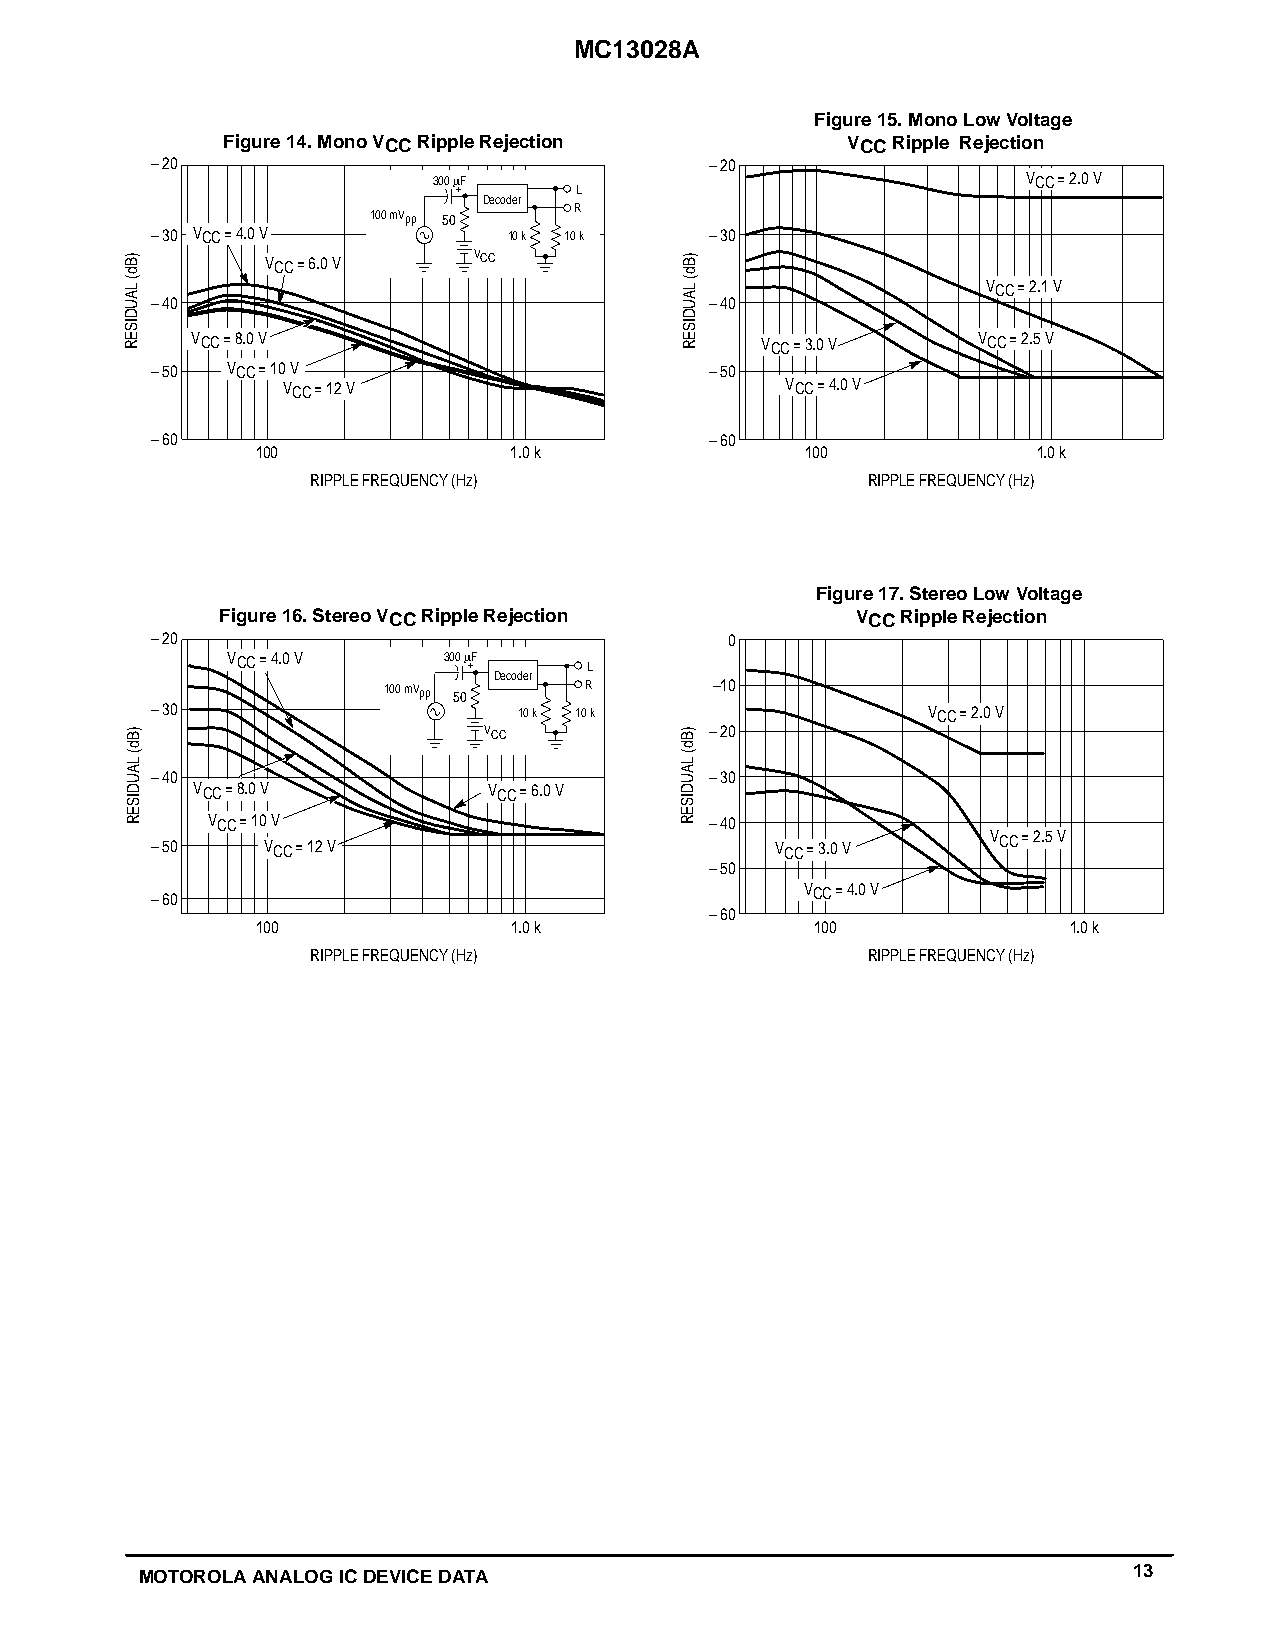
MC13028A
 Figure 15. Mono Low Voltage
 Figure 14. Mono VCC Ripple Rejection     VCC Ripple Rejection
 –20                                  –20
 300 m F                                VCC = 2.0 V
 L
 Decoder
 R
 100 mVpp 50
 –30 VCC = 4.0 V         10 k 10 k    –30
 VCC = 6.0 V  VCC
 VCC = 2.1 V
 –40                                  –40
 VCC = 8.0 V                          VCC = 3.0 V    VCC = 2.5 V
 –50  VCC = 10 V                      –50
 VCC = 12 V                       VCC = 4.0 V
 –60                                  –60
 100              1.0 k              100             1.0 k
 RIPPLE FREQUENCY (Hz)               RIPPLE FREQUENCY (Hz)
 Figure 17. Stereo Low Voltage
 Figure 16. Stereo VCC Ripple Rejection    VCC Ripple Rejection
 –20                                   0
 VCC = 4.0 V   300 m F
 L
 Decoder
 100 mVpp
 50
 R       –10
 –30                     10 k 10 k                  VCC = 2.0 V
 VCC            –20
 –40                                  –30
 VCC = 8.0 V        VCC = 6.0 V
 VCC = 10 V                       –40
 –50    VCC = 12 V                        VCC = 3.0 V
 VCC = 2.5 V
 –50
 –60
 VCC = 4.0 V
 –60
 100              1.0 k               100              1.0 k
 RIPPLE FREQUENCY (Hz)               RIPPLE FREQUENCY (Hz)
 MOTOROLA ANALOG IC DEVICE DATA                                    13
 )Bd(
 LAUDISER
 )Bd(
 LAUDISER
 )Bd(
 LAUDISER
 )Bd(
 LAUDISER